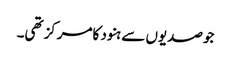
جوصدیوں سے ہنود کامرکزتھی۔